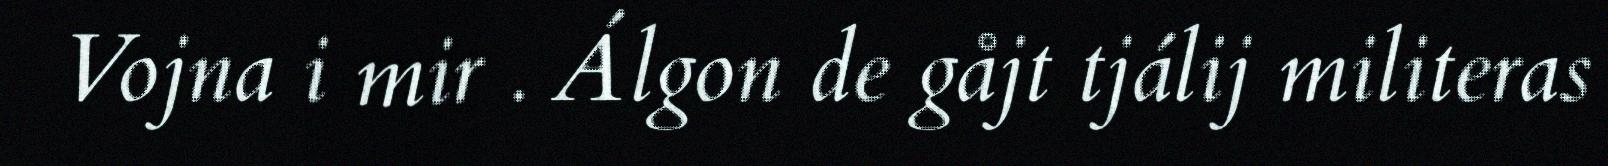
Vojna i mir . Álgon de gåjt tjálij militeras